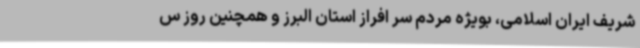
شریف ایران اسلامی، بویژه مردم سر افراز استان البرز و همچنین روز س